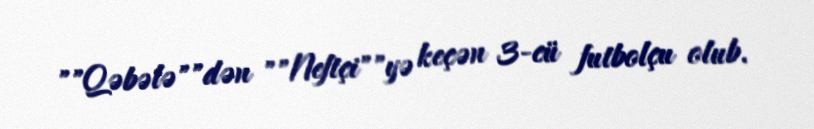
""Qəbələ""dən ""Neftçi""yə keçən 3-cü futbolçu olub.